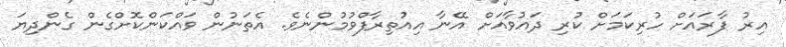
އިރު ފާރައަށް ހުރިކަމަށް ކުރި ދައުވާއަށް އޭނާ އިއުތިރާފްވުމުންނެވެ. އެތަނުން ވައްކަންކޮށްގެން ގެންދިޔަ